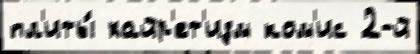
пл'иты́ хайр'ет'изм ком'ис 2-й